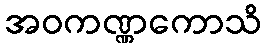
အဝကဏ္ဏကောသိ